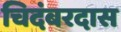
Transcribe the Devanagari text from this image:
चिदंबरदास